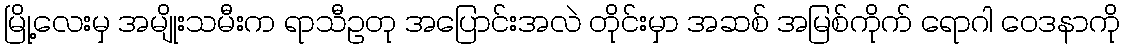
မြို့လေးမှ အမျိုးသမီးက ရာသီဥတု အပြောင်းအလဲ တိုင်းမှာ အဆစ် အမြစ်ကိုက် ရောဂါ ဝေဒနာကို